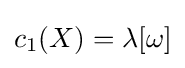
c_{1}(X)=\lambda [\omega ]